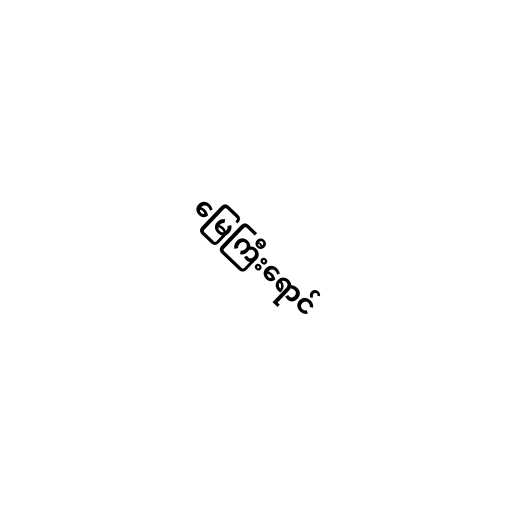
မြေကြီးရောင်